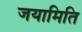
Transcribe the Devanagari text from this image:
जयामिति